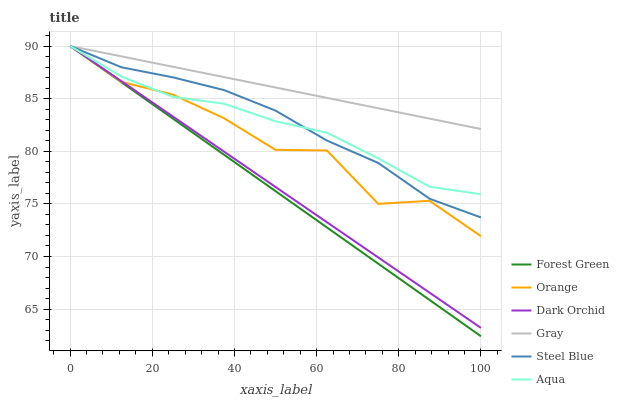
| xaxis_label | Forest Green | Orange | Dark Orchid | Gray | Steel Blue | Aqua |
 | --- | --- | --- | --- | --- | --- | --- |
 | 0 | 90 | 90 | 90 | 90 | 90 | 90 |
 | 12.5 | 86.6 | 86.6 | 86.7 | 89 | 88 | 87.1 |
 | 25 | 83.1 | 85.4 | 83.3 | 88 | 87 | 85.2 |
 | 37.5 | 79.7 | 83.1 | 80 | 87 | 85.8 | 84.5 |
 | 50 | 76.2 | 80.1 | 76.6 | 86.1 | 83.9 | 82.9 |
 | 62.5 | 72.8 | 80.1 | 73.3 | 85.1 | 81 | 81.8 |
 | 75 | 69.3 | 75 | 69.9 | 84.1 | 78.9 | 79.3 |
 | 87.5 | 65.9 | 75.3 | 66.6 | 83.1 | 75.5 | 76.6 |
 | 100 | 62.4 | 71.9 | 63.2 | 82.1 | 73.7 | 75.9 |